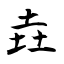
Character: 垚